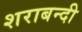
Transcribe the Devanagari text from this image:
शराबन्दी